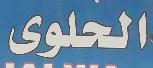
الحلوى